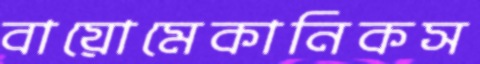
বায়োমেকানিকস